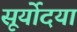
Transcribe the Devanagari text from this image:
सूर्योदया